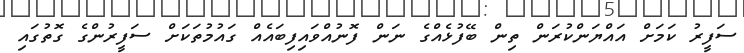
ސަފީރު ކަމަށް އައްޔަންކުރަން ތިން ބޭފުޅެއްގެ ނަން ފޮނުއްވައިފިބައެއް ގައުމުތަކަށް ސަފީރުންގެ ގޮތުގައި